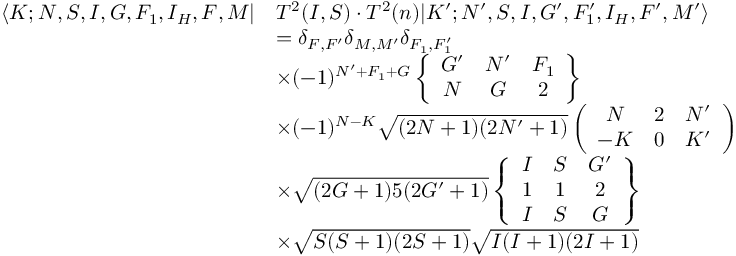
\begin{array} { r l } { \langle K ; N , S , I , G , F _ { 1 } , I _ { H } , F , M | } & { T ^ { 2 } ( I , S ) \cdot T ^ { 2 } ( n ) | K ^ { \prime } ; N ^ { \prime } , S , I , G ^ { \prime } , F _ { 1 } ^ { \prime } , I _ { H } , F ^ { \prime } , M ^ { \prime } \rangle } \\ & { = \delta _ { F , F ^ { \prime } } \delta _ { M , M ^ { \prime } } \delta _ { F _ { 1 } , F _ { 1 } ^ { \prime } } } \\ & { \times ( - 1 ) ^ { N ^ { \prime } + F _ { 1 } + G } \left\{ \begin{array} { c c c } { G ^ { \prime } } & { N ^ { \prime } } & { F _ { 1 } } \\ { N } & { G } & { 2 } \end{array} \right\} } \\ & { \times ( - 1 ) ^ { N - K } \sqrt { ( 2 N + 1 ) ( 2 N ^ { \prime } + 1 ) } \left( \begin{array} { c c c } { N } & { 2 } & { N ^ { \prime } } \\ { - K } & { 0 } & { K ^ { \prime } } \end{array} \right) } \\ & { \times \sqrt { ( 2 G + 1 ) 5 ( 2 G ^ { \prime } + 1 ) } \left\{ \begin{array} { c c c } { I } & { S } & { G ^ { \prime } } \\ { 1 } & { 1 } & { 2 } \\ { I } & { S } & { G } \end{array} \right\} } \\ & { \times \sqrt { S ( S + 1 ) ( 2 S + 1 ) } \sqrt { I ( I + 1 ) ( 2 I + 1 ) } } \end{array}